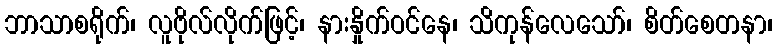
ဘာသာစရိုက်၊ လူဗိုလ်လိုက်ဖြင့်၊ နားနှိုက်ဝင်နေ၊ သိကုန်လေသော်၊ စိတ်စေတနာ၊